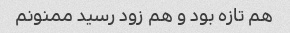
هم تازه بود و هم زود رسید ممنونم